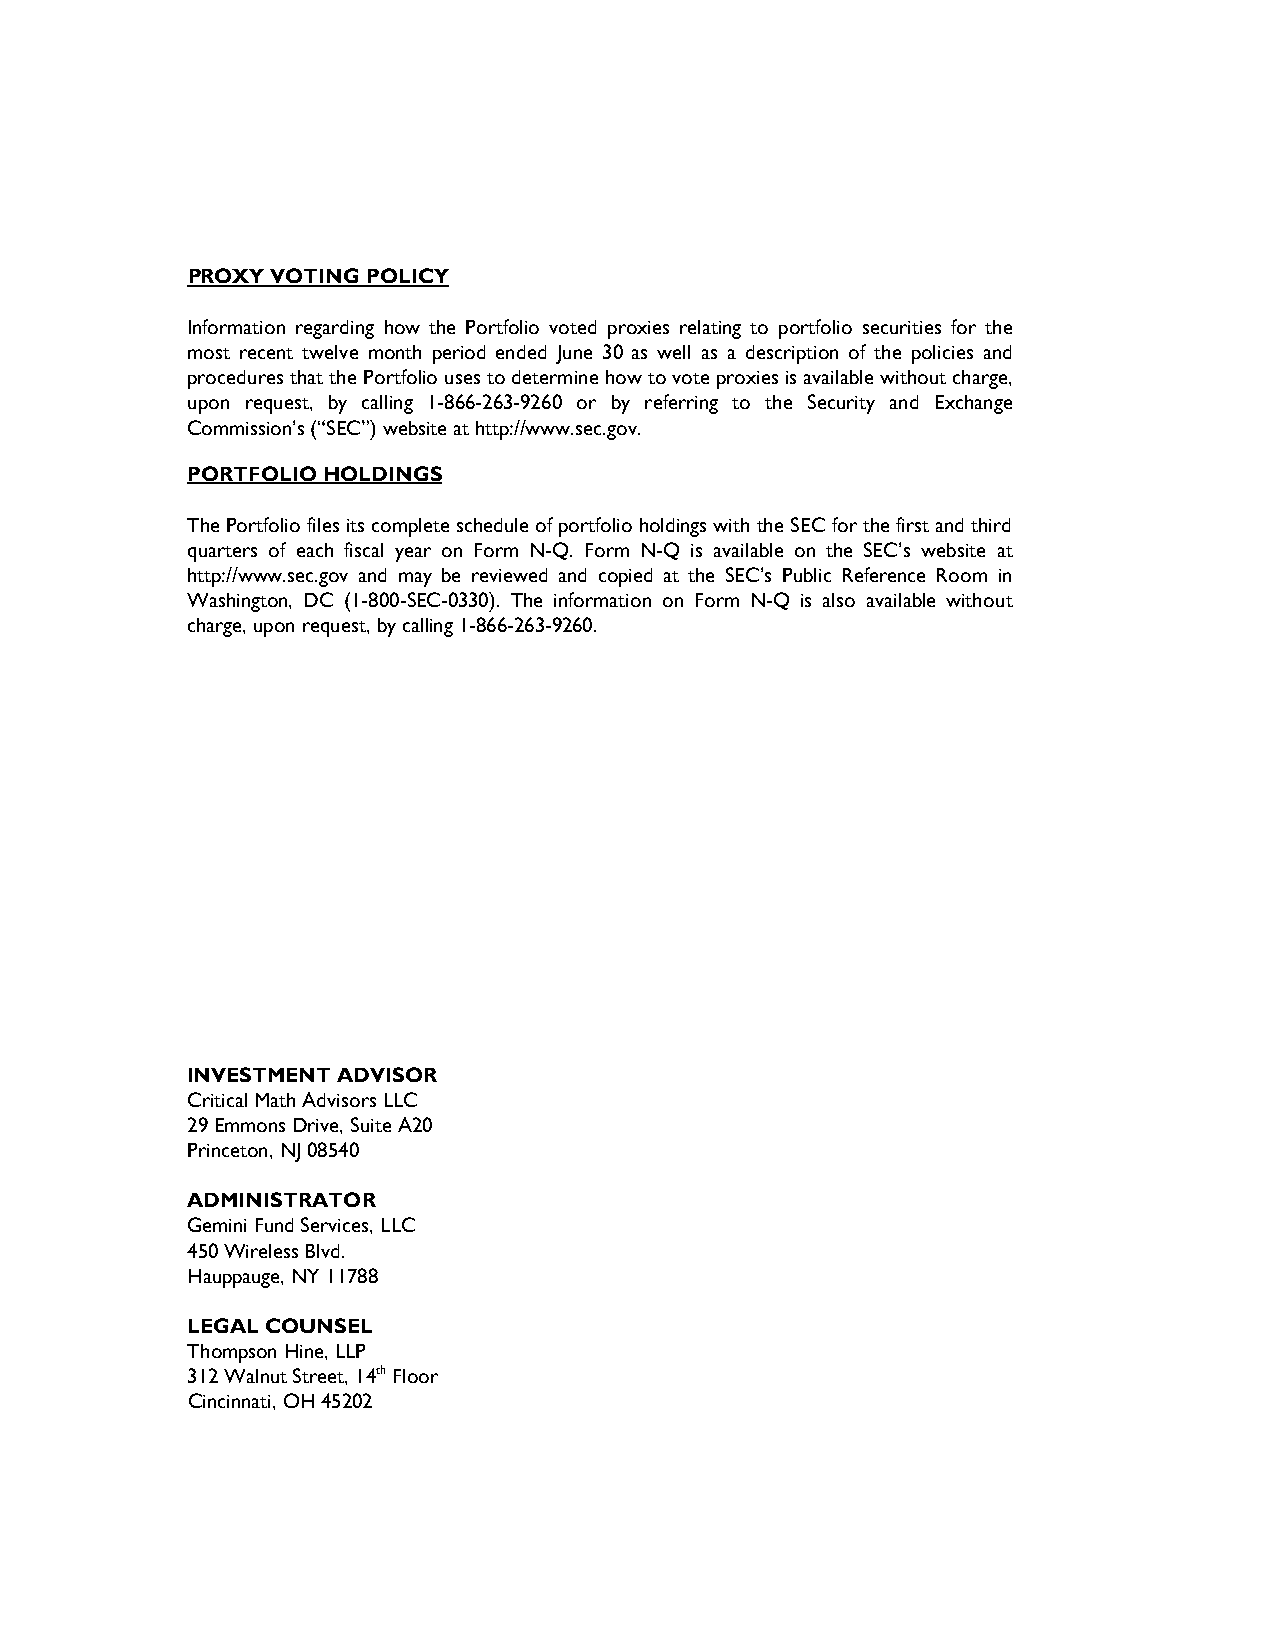
PROXY VOTING POLICY
 Information regarding how the Portfolio voted proxies relating to portfolio securities for the
 most recent twelve month period ended June 30 as well as a description of the policies and
 procedures that the Portfolio uses to determine how to vote proxies is available without charge,
 upon request, by calling 1-866-263-9260 or by referring to the Security and Exchange
 Commission’s (“SEC”) website at http://www.sec.gov.
 PORTFOLIO HOLDINGS
 The Portfolio files its complete schedule of portfolio holdings with the SEC for the first and third
 quarters of each fiscal year on Form N-Q. Form N-Q is available on the SEC’s website at
 http://www.sec.gov and may be reviewed and copied at the SEC’s Public Reference Room in
 Washington, DC (1-800-SEC-0330). The information on Form N-Q is also available without
 charge, upon request, by calling 1-866-263-9260.
 INVESTMENT ADVISOR
 Critical Math Advisors LLC
 29 Emmons Drive, Suite A20
 Princeton, NJ 08540
 ADMINISTRATOR
 Gemini Fund Services, LLC
 450 Wireless Blvd.
 Hauppauge, NY 11788
 LEGAL COUNSEL
 Thompson Hine, LLP
 312 Walnut Street, 14th Floor
 Cincinnati, OH 45202